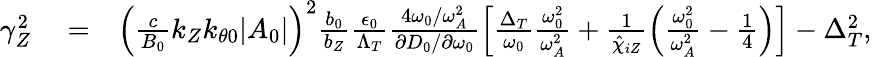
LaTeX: \begin{array}{rlr}{\gamma_{Z}^{2}}&{{}=}&{\left(\frac{c}{B_{0}}k_{Z}k_{\theta 0}\lvert A_{0}\rvert\right)^{2}\frac{b_{0}}{b_{Z}}\frac{\epsilon_{0}}{\Lambda_{T}}\frac{4\omega_{0}/\omega_{A}^{2}}{\partial D_{0}/\partial\omega_{0}}\left[\frac{\Delta_{T}}{\omega_{0}}\frac{\omega_{0}^{2}}{\omega_{A}^{2}}+\frac{1}{\hat{\chi}_{iZ}}\left(\frac{\omega_{0}^{2}}{\omega_{A}^{2}}-\frac{1}{4}\right)\right]-\Delta_{T}^{2},}\end{array}